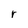
Character: r